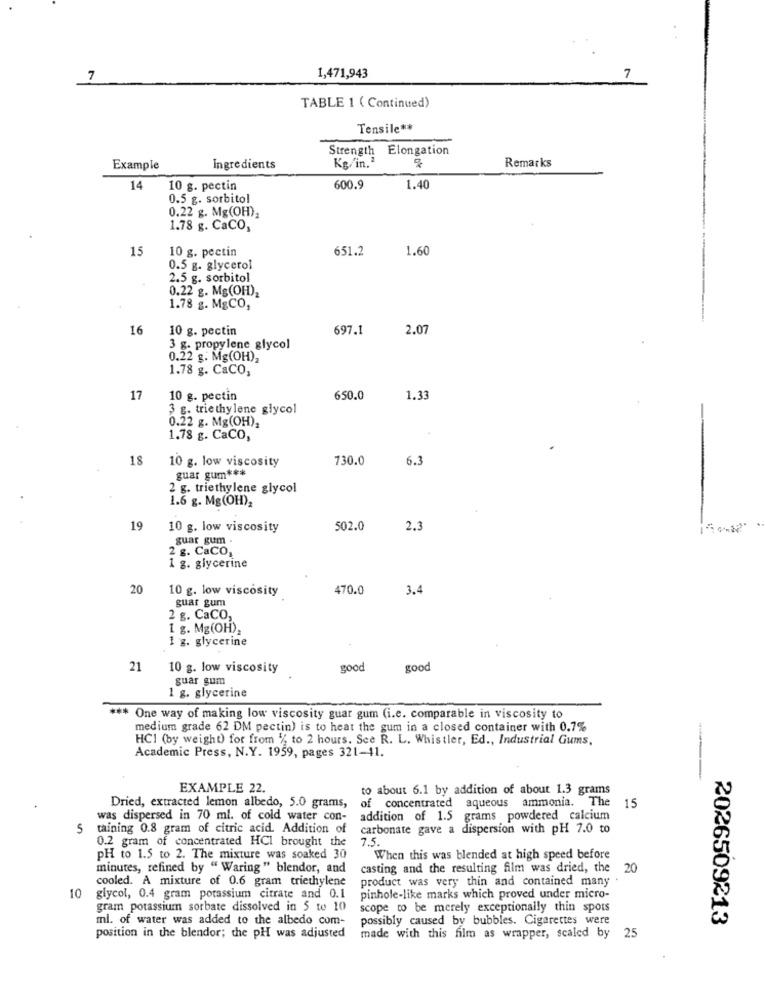
7
1,471,943
7
TABLE 1 ( Continued)
Tensile **
Strength Elongation
Kg/in.2
Remarks
Example
Ingredients
14
10 g. pectin
600.9
1.40
0.5 g. sorbitol
0.22 g. Mg(OH),
1.78 g. CaCO,
15
10 g. pectin
651.2
1.60
0.5 g. glycerol
2.5 g. sorbitol
0.22 g. Mg(OH),
1.78 g. MgCO,
16
10 g. pectin
697.1
2.07
3 g. propylene glycol
0.22 g. Mg(OH),
1.78 g. CaCO,
17
10 g. pectin
650.0
1.33
3 g. trie thy lene glycol
0.22 g. Mg(OH),
1.78 g. CaCO,
18
730.0
6.3
10 g. low viscosity
guar gum ***
2 g. triethylene glycol
1.6 g. Mg (OH),
19
10 g. low viscosity
502.0
2.3
guar gum .
2 g. CaCO,
1 g. glycerine
20
10 g. low viscosity
470.0
3.4
guar gum
2 g. CaCO,
1 g. Mg(OH),
1 g. glycerine
21
10 g. low viscosity
good
good
guar gum
1 g. glycerine
*** One way of making low viscosity guar gum (i.e. comparable in viscosity to
medium grade 62 DM pectin) is to heat the gum in a closed container with 0.7%
HCI (by weight) for from ', to 2 hours. See R. L. Whistler, Ed ., Industrial Gums,
Academic Press, N.Y. 1959, pages 321-41.
EXAMPLE 22.
to about 6.1 by addition of about 1.3 grams
of concentrated aqueous ammonia. The
Dried, extracted lemon albedo, 5.0 grams,
15
was dispersed in 70 ml. of cold water con-
addition of 1.5 grams powdered calcium
5
taining 0.8 gram of citric acid. Addition of
carbonate gave a dispersion with pH 7.0 to
0.2 gram of concentrated HCI brought the
7.5
PH to 1.5 to 2. The mixture was soaked 30
When this was blended at high speed before
minutes, refined by " Waring" blendor, and
casting and the resulting film was dried, the 20
cooled. A mixture of 0.6 gram triethylene
product was very thin and contained many
10
glycol, 0.4 gram potassium citrate and 0.1
pinhole-like marks which proved under micro-
gram potassium sorbate dissolved in 5 to 10
scope to be merely exceptionally thin spots
ml. of water was added to the albedo com-
possibly caused by bubbles. Cigarettes were
2026509213
position in the blendor; the pH was adjusted
made with this film as wrapper, scaled by 25